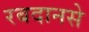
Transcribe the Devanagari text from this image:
रबदानसे